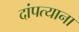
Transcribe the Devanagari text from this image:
दांपत्याना